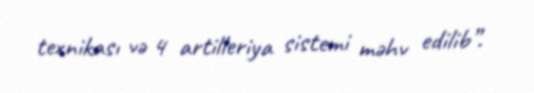
texnikası və 4 artilleriya sistemi məhv edilib”.